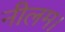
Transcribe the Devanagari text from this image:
नीलम।